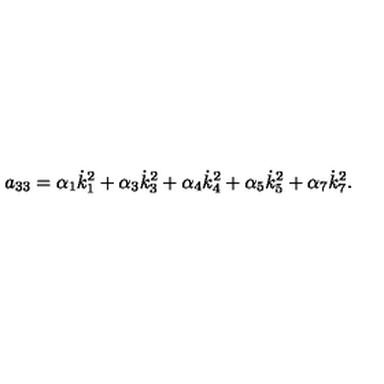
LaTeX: a _ { 3 3 } = \alpha _ { 1 } \dot { k } _ { 1 } ^ { 2 } + \alpha _ { 3 } \dot { k } _ { 3 } ^ { 2 } + \alpha _ { 4 } \dot { k } _ { 4 } ^ { 2 } + \alpha _ { 5 } \dot { k } _ { 5 } ^ { 2 } + \alpha _ { 7 } \dot { k } _ { 7 } ^ { 2 } .